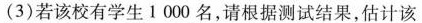
(3)若该校有学生1000名，请根据测试结果，估计该